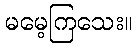
မမေ့ကြသေး။